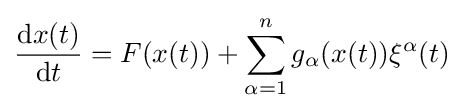
{\frac {\mathrm {d} x(t)}{\mathrm {d} t}}=F(x(t))+\sum _{\alpha =1}^{n}g_{\alpha }(x(t))\xi ^{\alpha }(t)